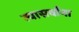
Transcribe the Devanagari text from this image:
त्यासर्वांना